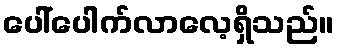
ပေါ်ပေါက်လာလေ့ရှိသည်။